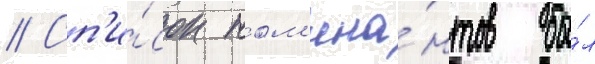
// Сп'и́сок ном'ина́нтов бы́л